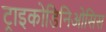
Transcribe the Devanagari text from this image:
ट्राइकोडिनिओसिस